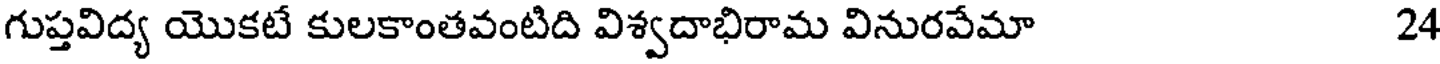
గుప్తవిద్య యొకటే కులకాంతవంటిది విశ్వదాభిరామ వినురవేమా 24